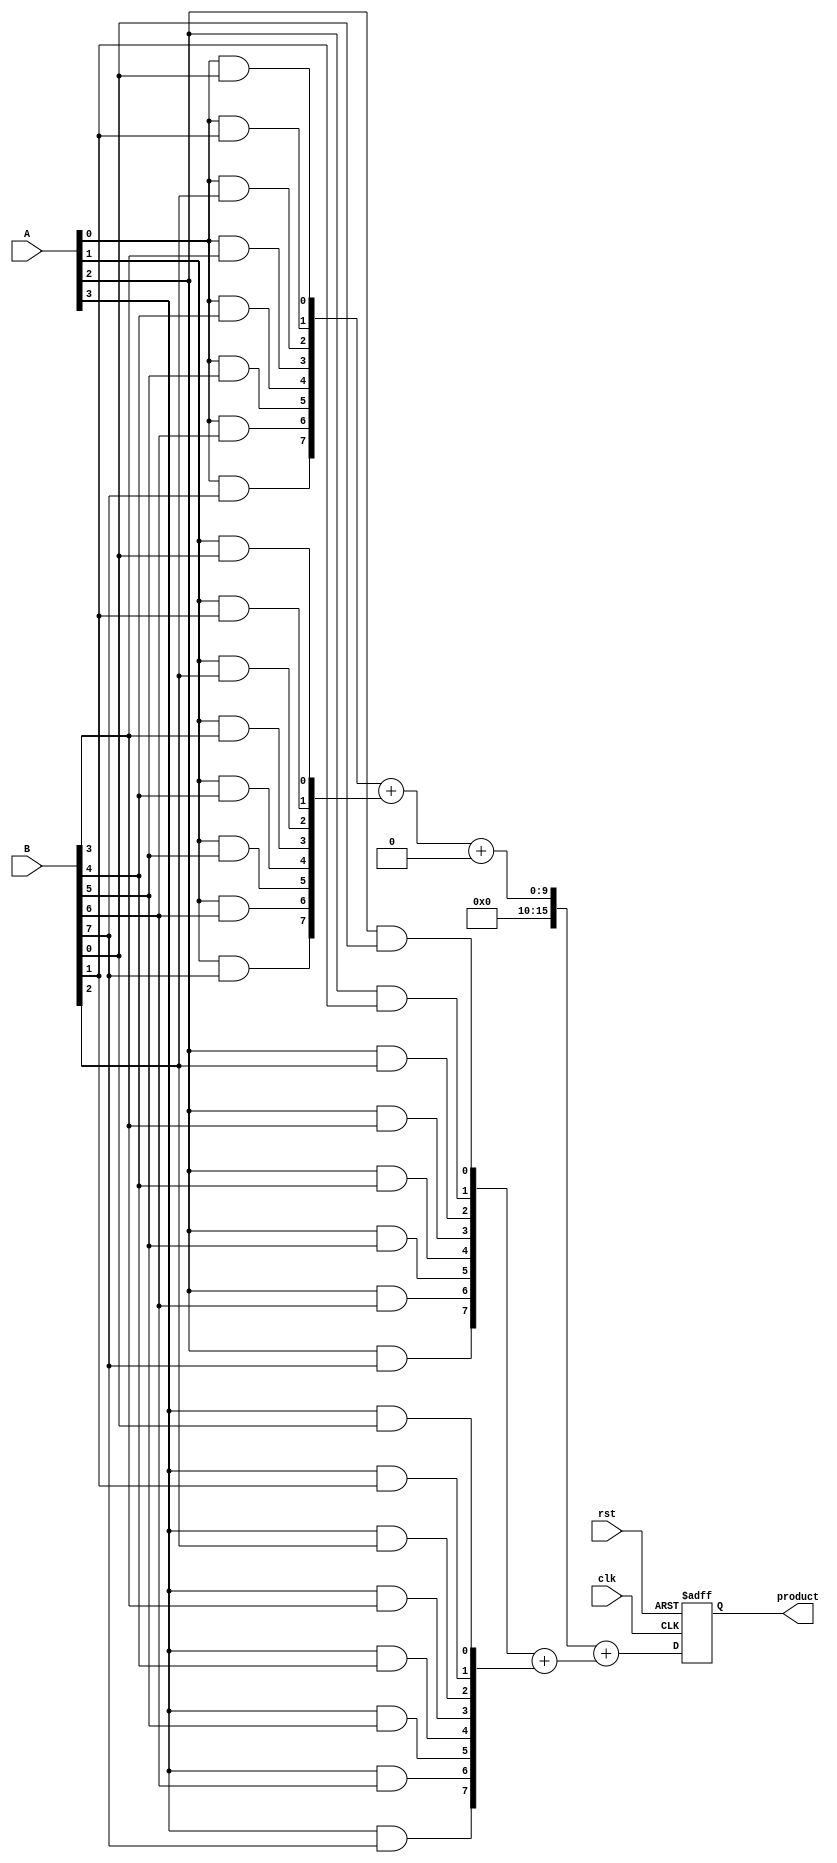
module PipelinedWallaceTreeMultiplier #(parameter N = 8) (
    input clk,
    input rst,
    input [N-1:0] A,
    input [N-1:0] B,
    output reg [2*N-1:0] product
);

    // Internal signals
    wire [N-1:0] partial_products[N-1:0];
    wire [2*N-1:0] stage1_out[N-1:0];
    wire [2*N-1:0] stage2_out[N-1:0];
    wire [2*N-1:0] final_sum;

    // Stage 1: Partial Product Generation
    genvar i, j;
    generate
        for (i = 0; i < N; i = i + 1) begin : gen_partial_products
            for (j = 0; j < N; j = j + 1) begin : and_gate
                assign partial_products[i][j] = A[i] & B[j];
            end
        end
    endgenerate

    // Stage 2: Wallace Tree Reduction
    // This is a simplified version; a complete implementation would require multiple stages
    // of half adders and full adders to reduce the partial products.
    
    // Example of a simple reduction for 4 partial products (N=4)
    wire [2*N-1:0] sum1, carry1;
    wire [2*N-1:0] sum2, carry2;

    // Half Adders and Full Adders for reduction
    // Assuming 4 partial products for simplicity
    assign {carry1, sum1} = partial_products[0] + partial_products[1];
    assign {carry2, sum2} = partial_products[2] + partial_products[3];
    assign stage1_out[0] = sum1 + carry1;
    assign stage1_out[1] = sum2;

    // Stage 3: Final Addition
    // Final addition of the last two rows
    assign final_sum = stage1_out[0] + stage1_out[1];

    // Stage 4: Output Register
    always @(posedge clk or posedge rst) begin
        if (rst) begin
            product <= 0;
        end else begin
            product <= final_sum;
        end
    end

endmodule